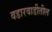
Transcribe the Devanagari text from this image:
वडारवाडीतील